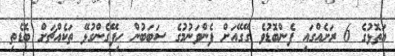
އަތޮޅުގެ 6 ރަށެއްގައި ފެންބޮޑުވެ ގޭގޭއަށް ފެންވަނުމުގެ ސަބަބުން ހިފޭގެންގުޅޭ ތަކެއްޗަށް ބޮޑެތި